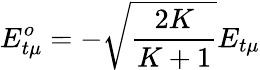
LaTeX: E_{t\mu}^{o}=-\sqrt{\frac{2K}{K+1}}E_{t\mu}